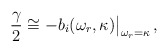
\begin{align*}{\gamma \over 2} \cong - b_i(\omega_r, \kappa){\big \vert}_{\omega_r=\kappa}\, ,\end{align*}